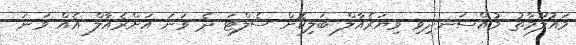
މައުލޫމާތު މުއްސަނދިވި ވިޔަރެއާލް ބަލިކޮށް ސެލްޓަ ދެ ވަނަ އަށްރެއާލް އެއް ވަނަ